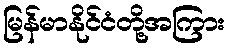
မြန်မာနိုင်ငံတို့အကြား